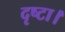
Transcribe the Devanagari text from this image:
दृष्टा।